Bréfritari: Gunnlaugur Oddsson
Dagsetning: A-1891-03-08
Skrifað á: Glasgow, Skotlandi

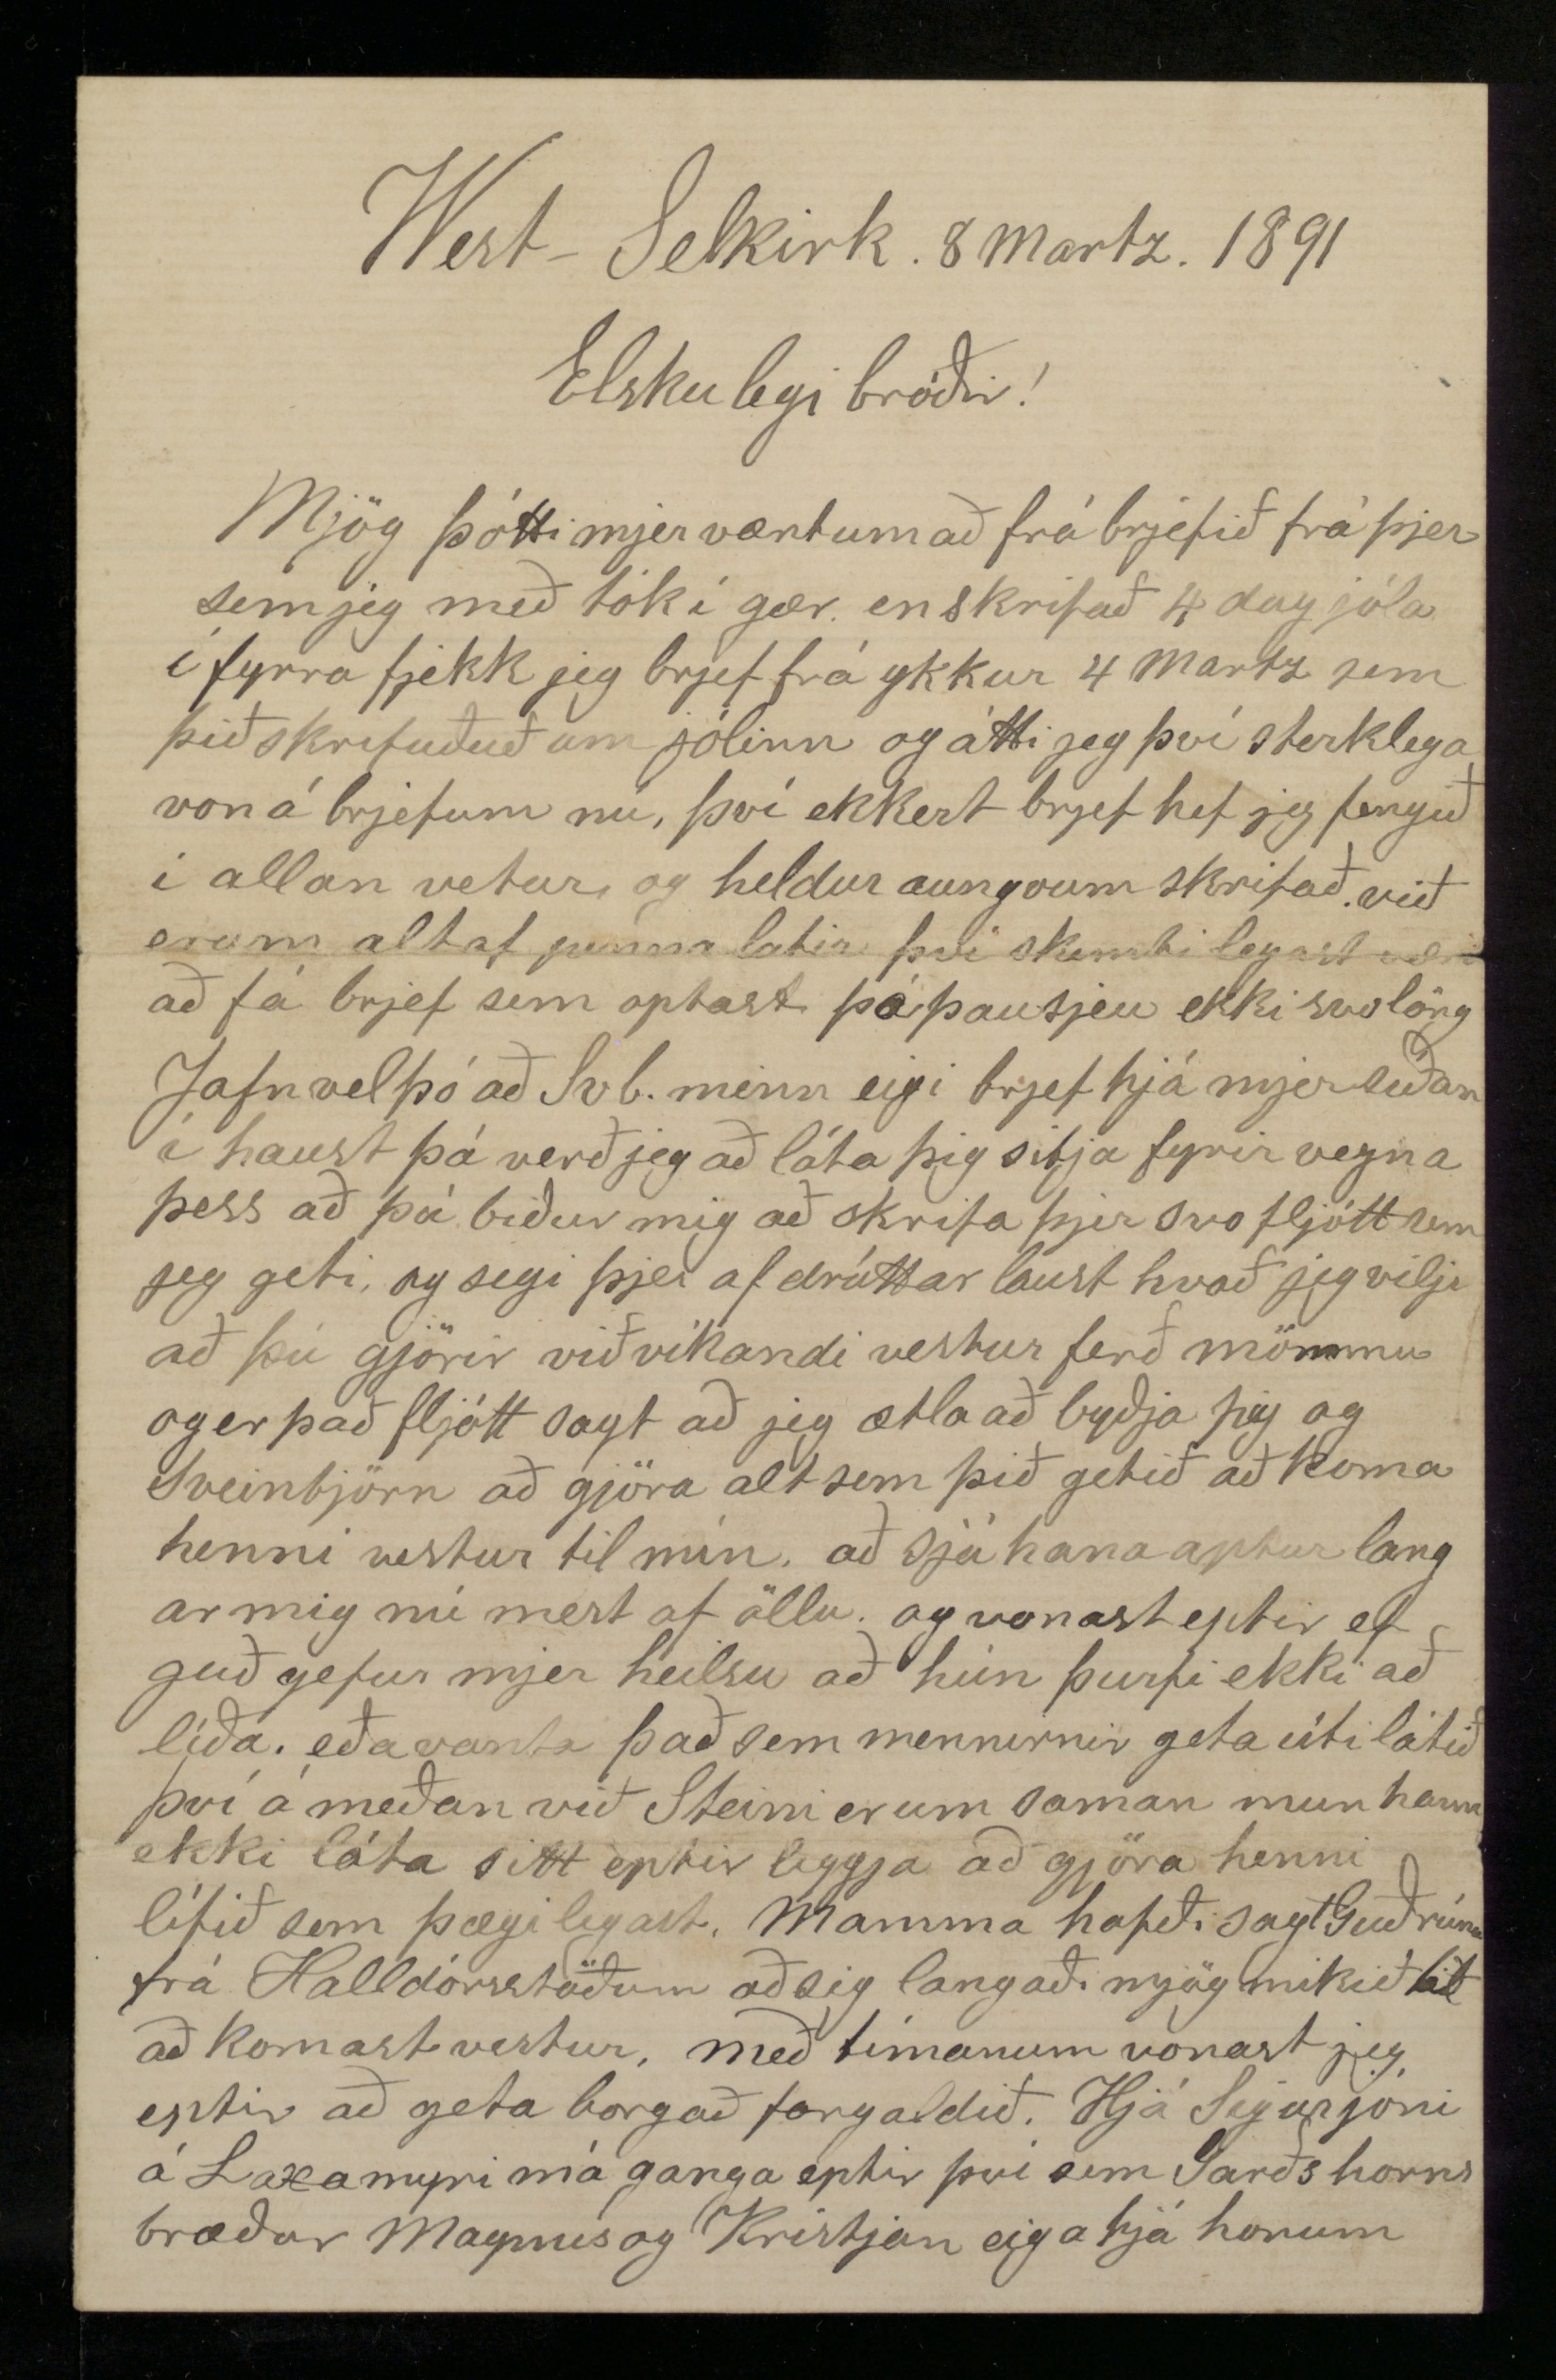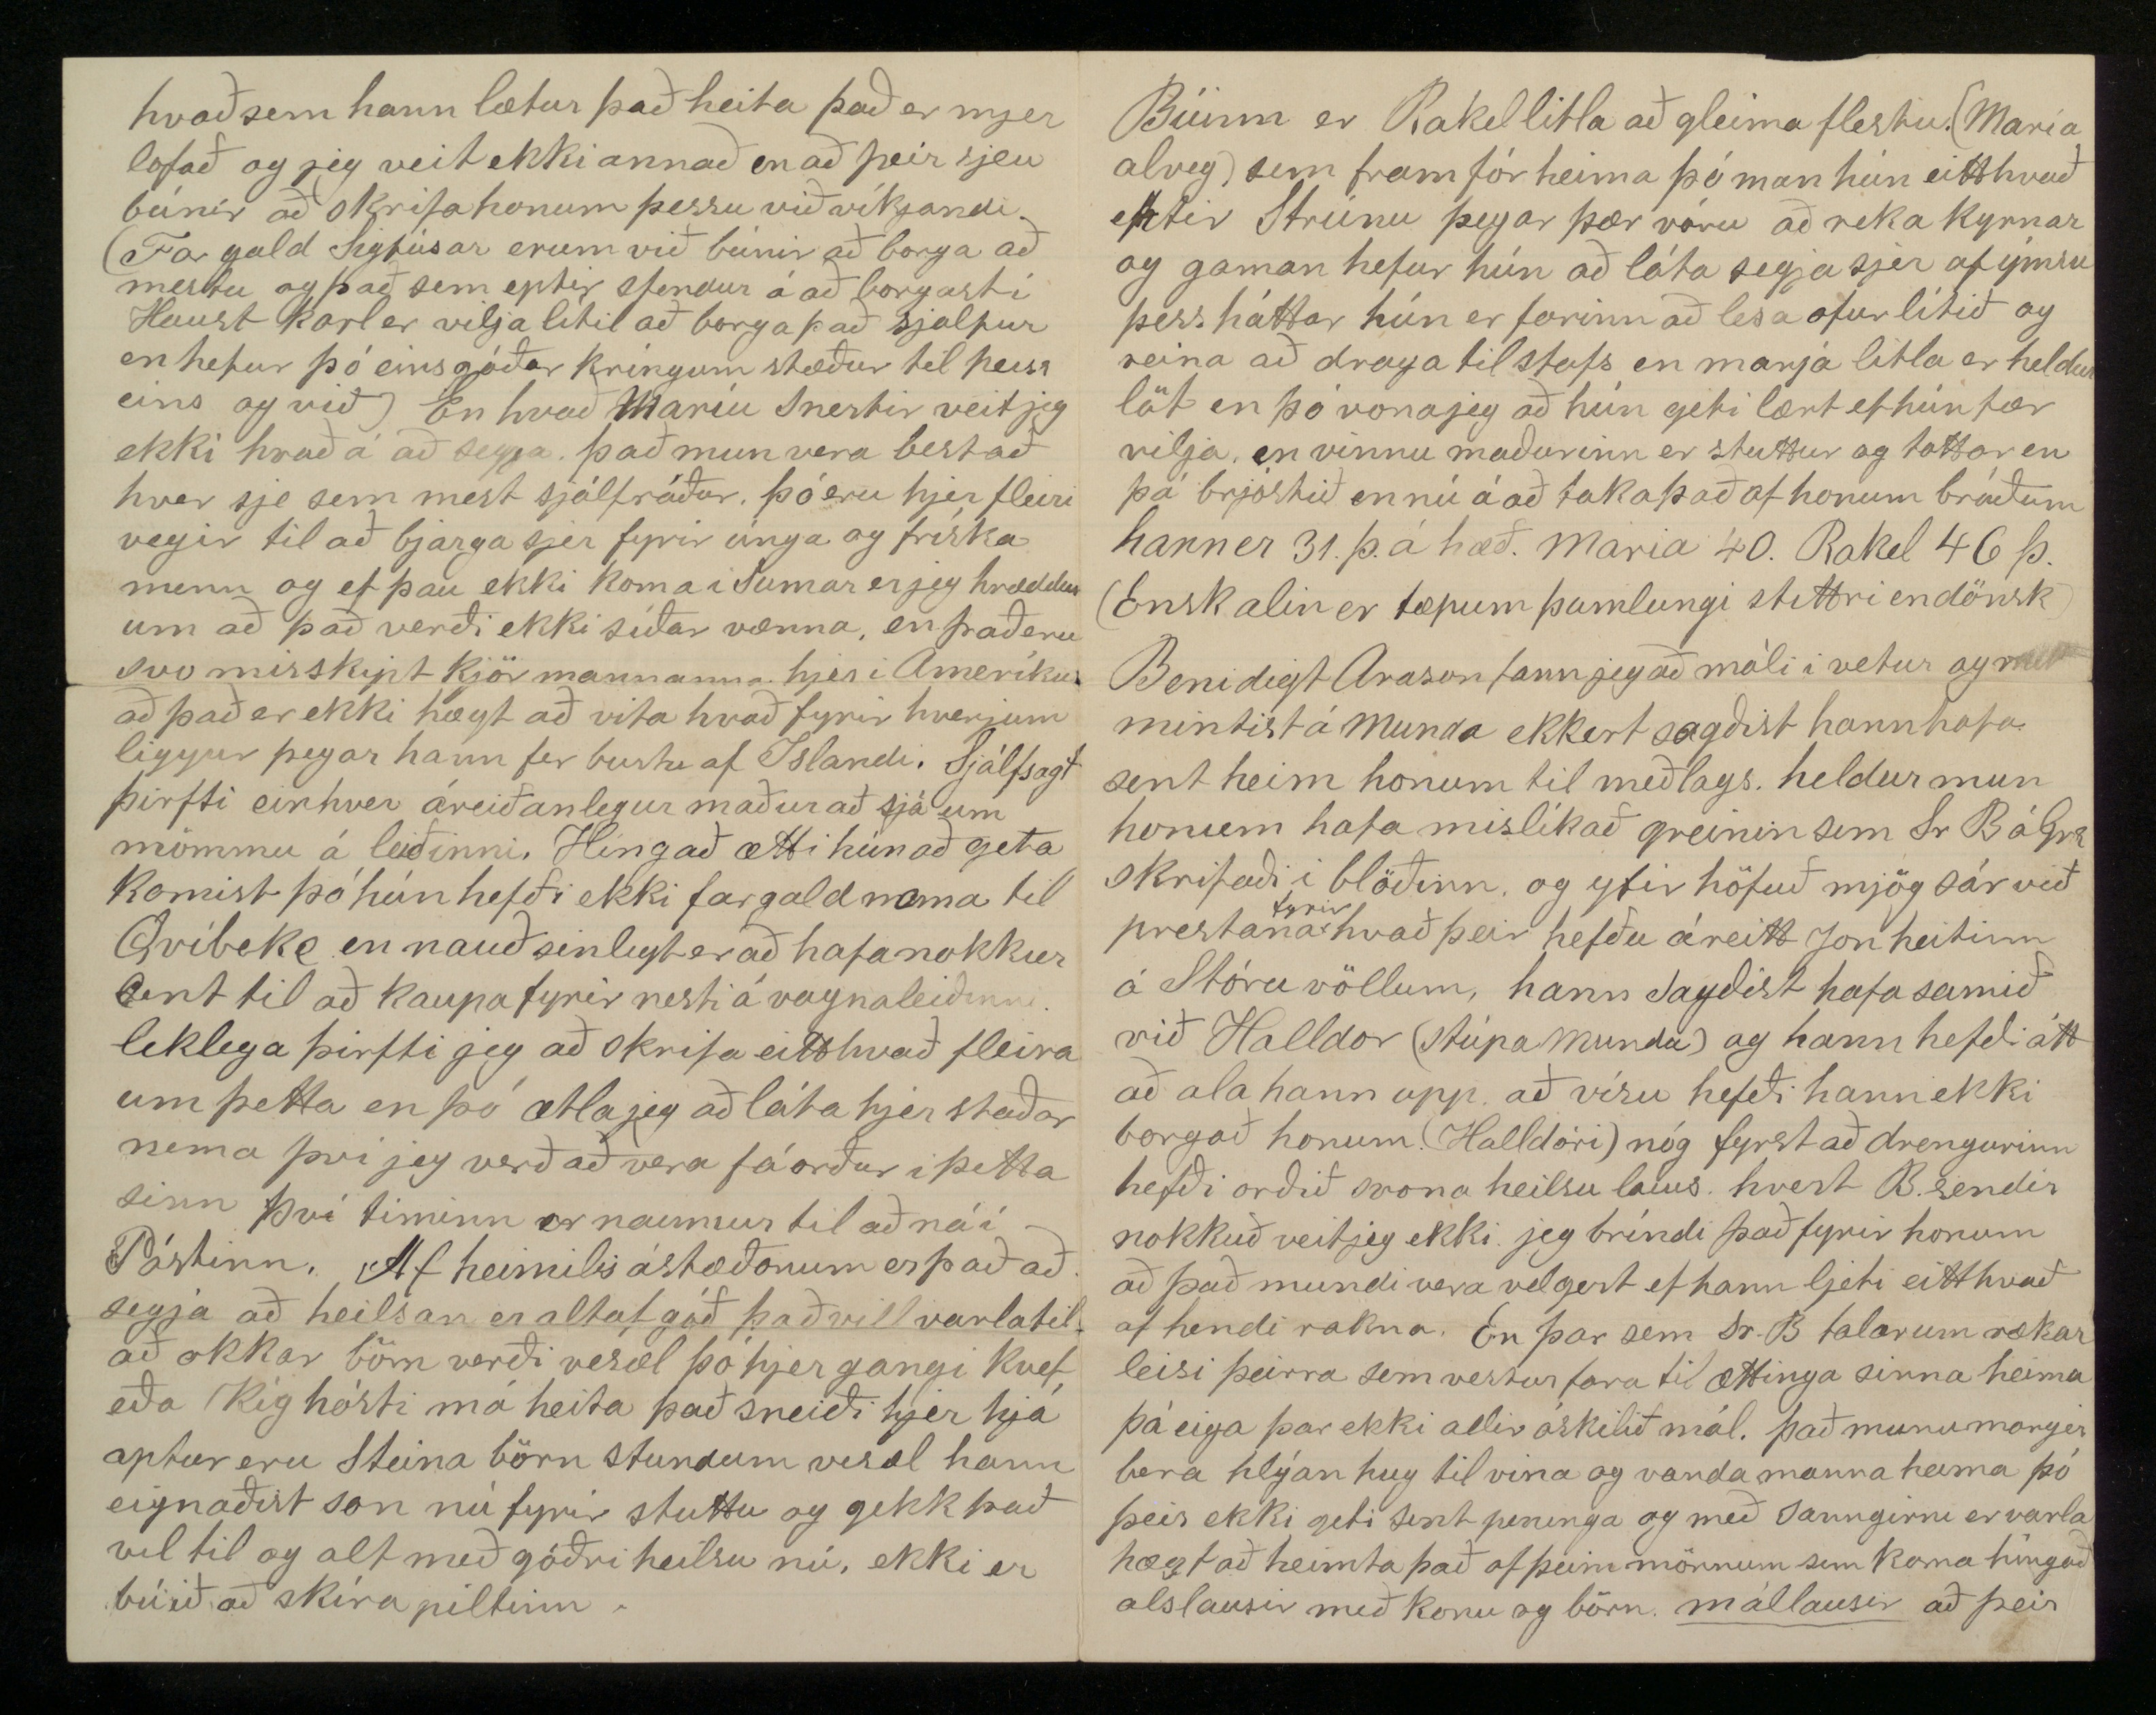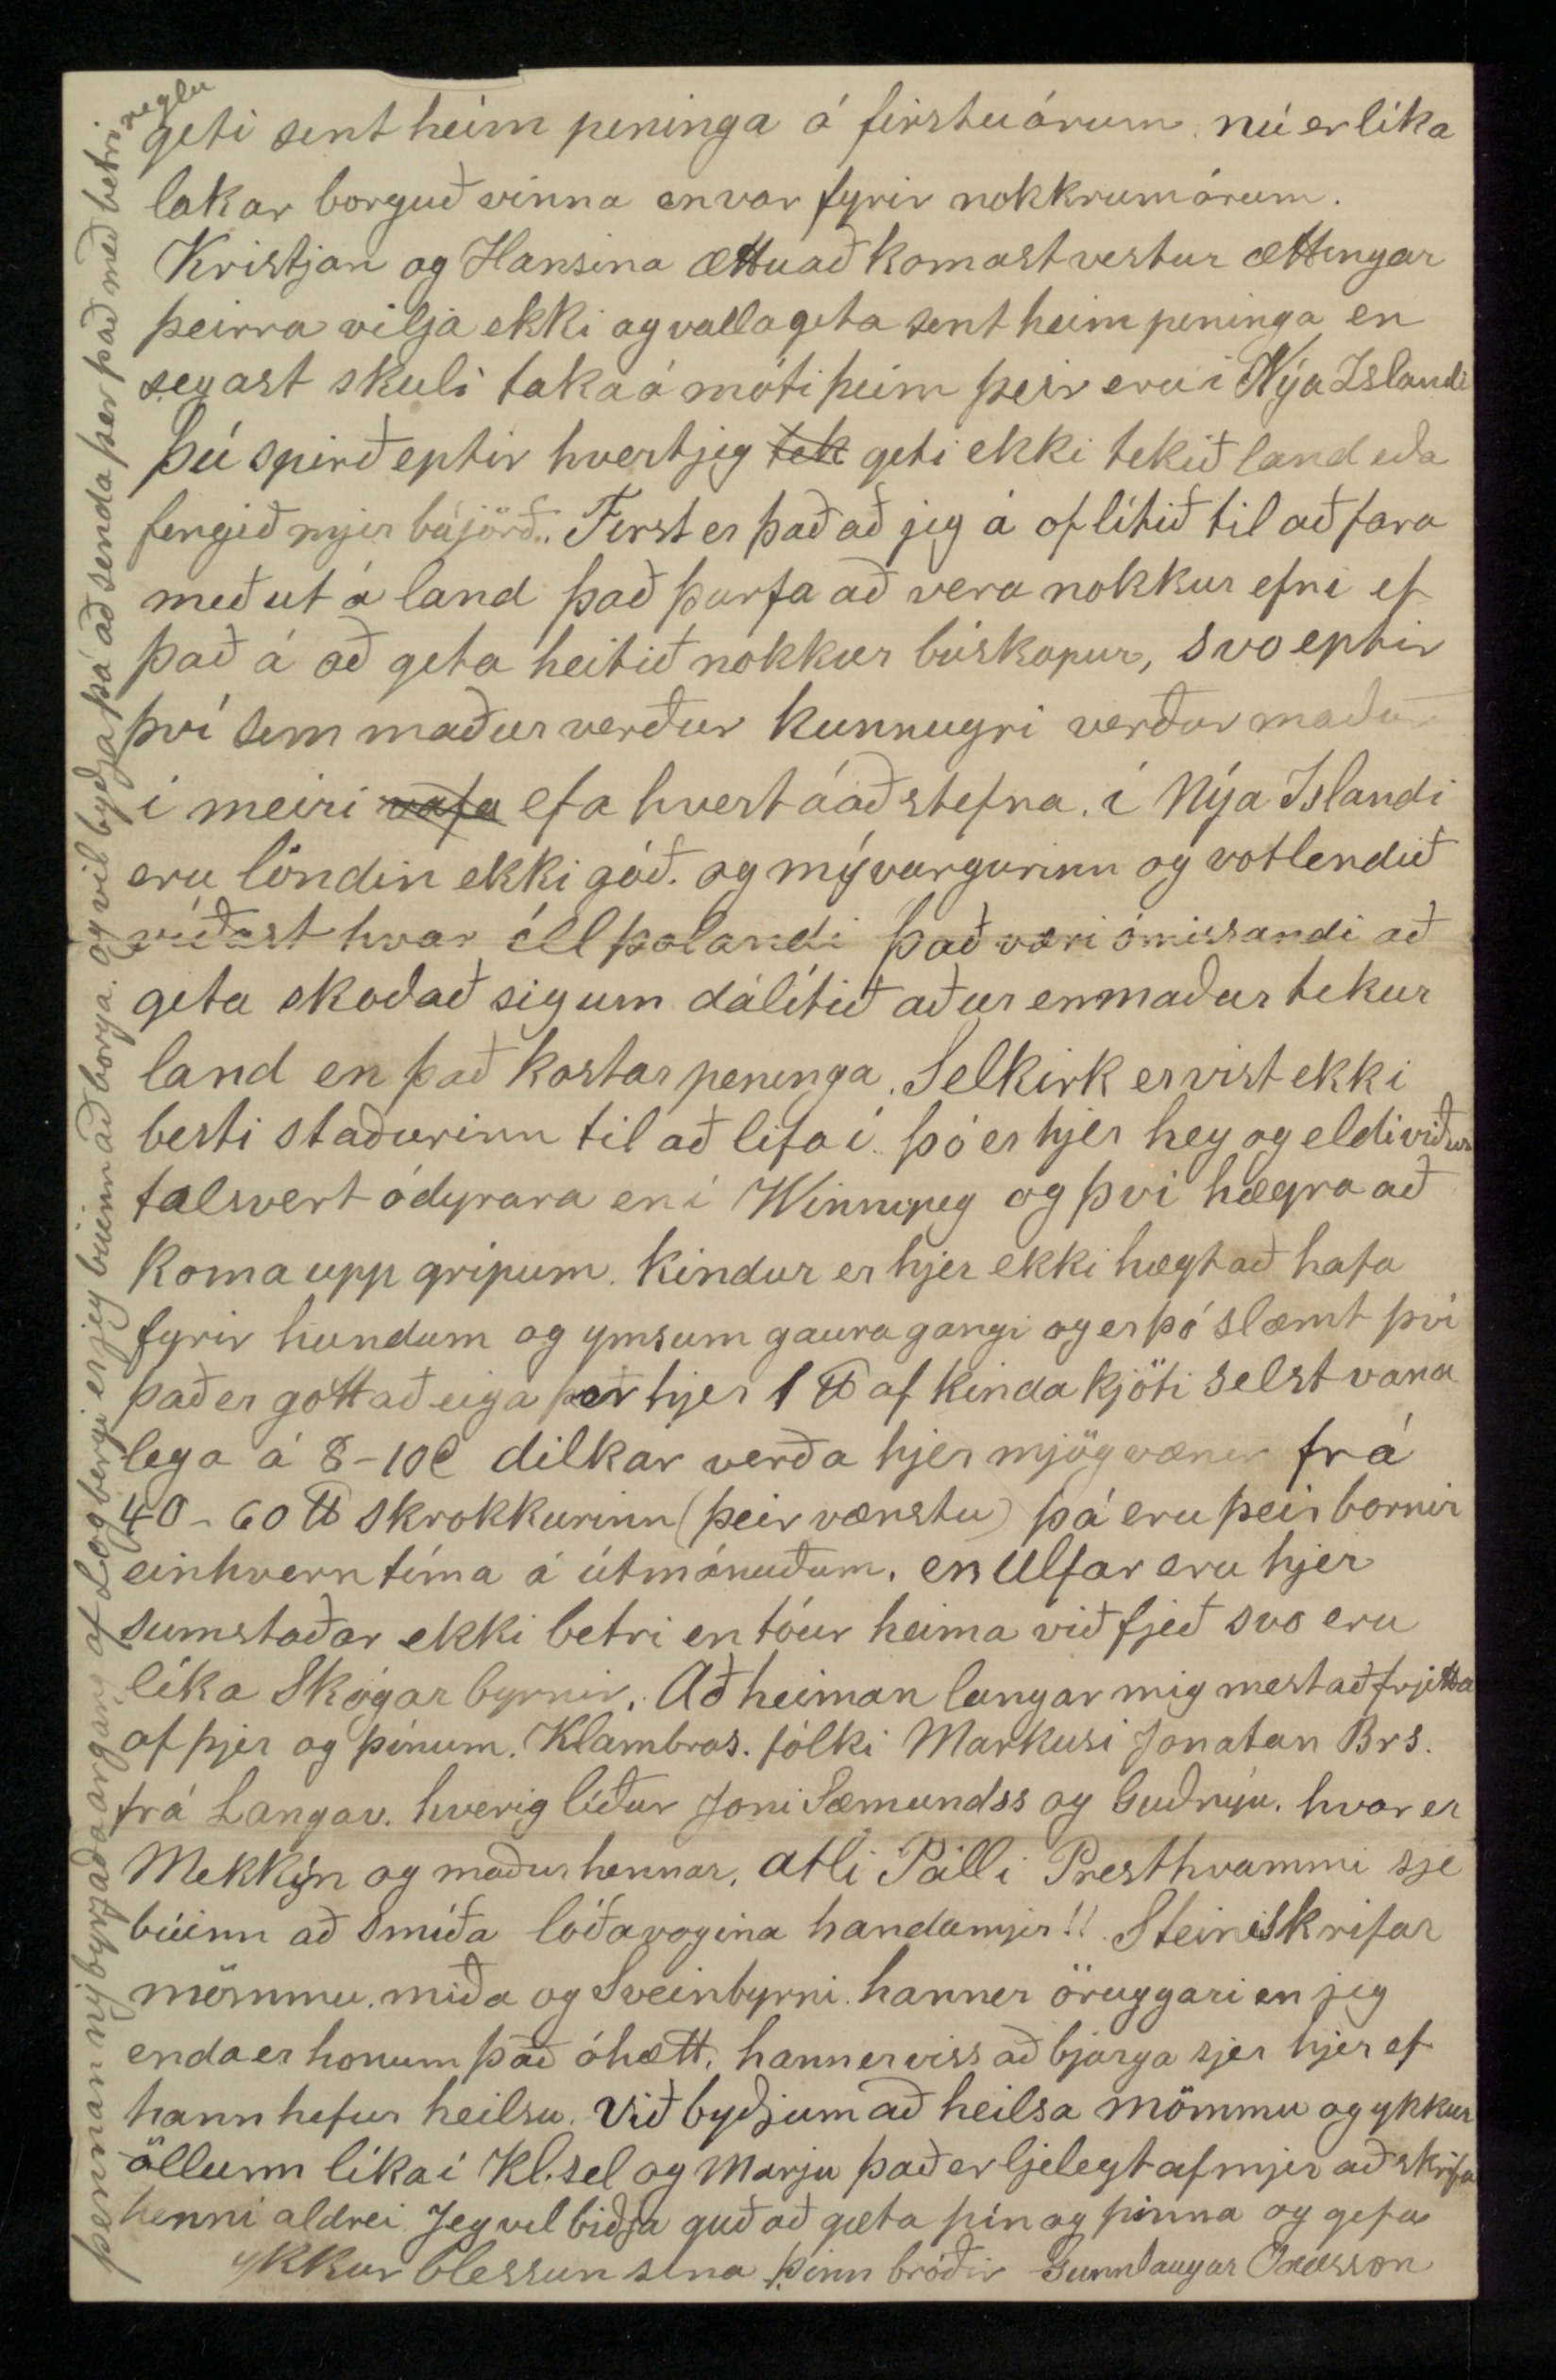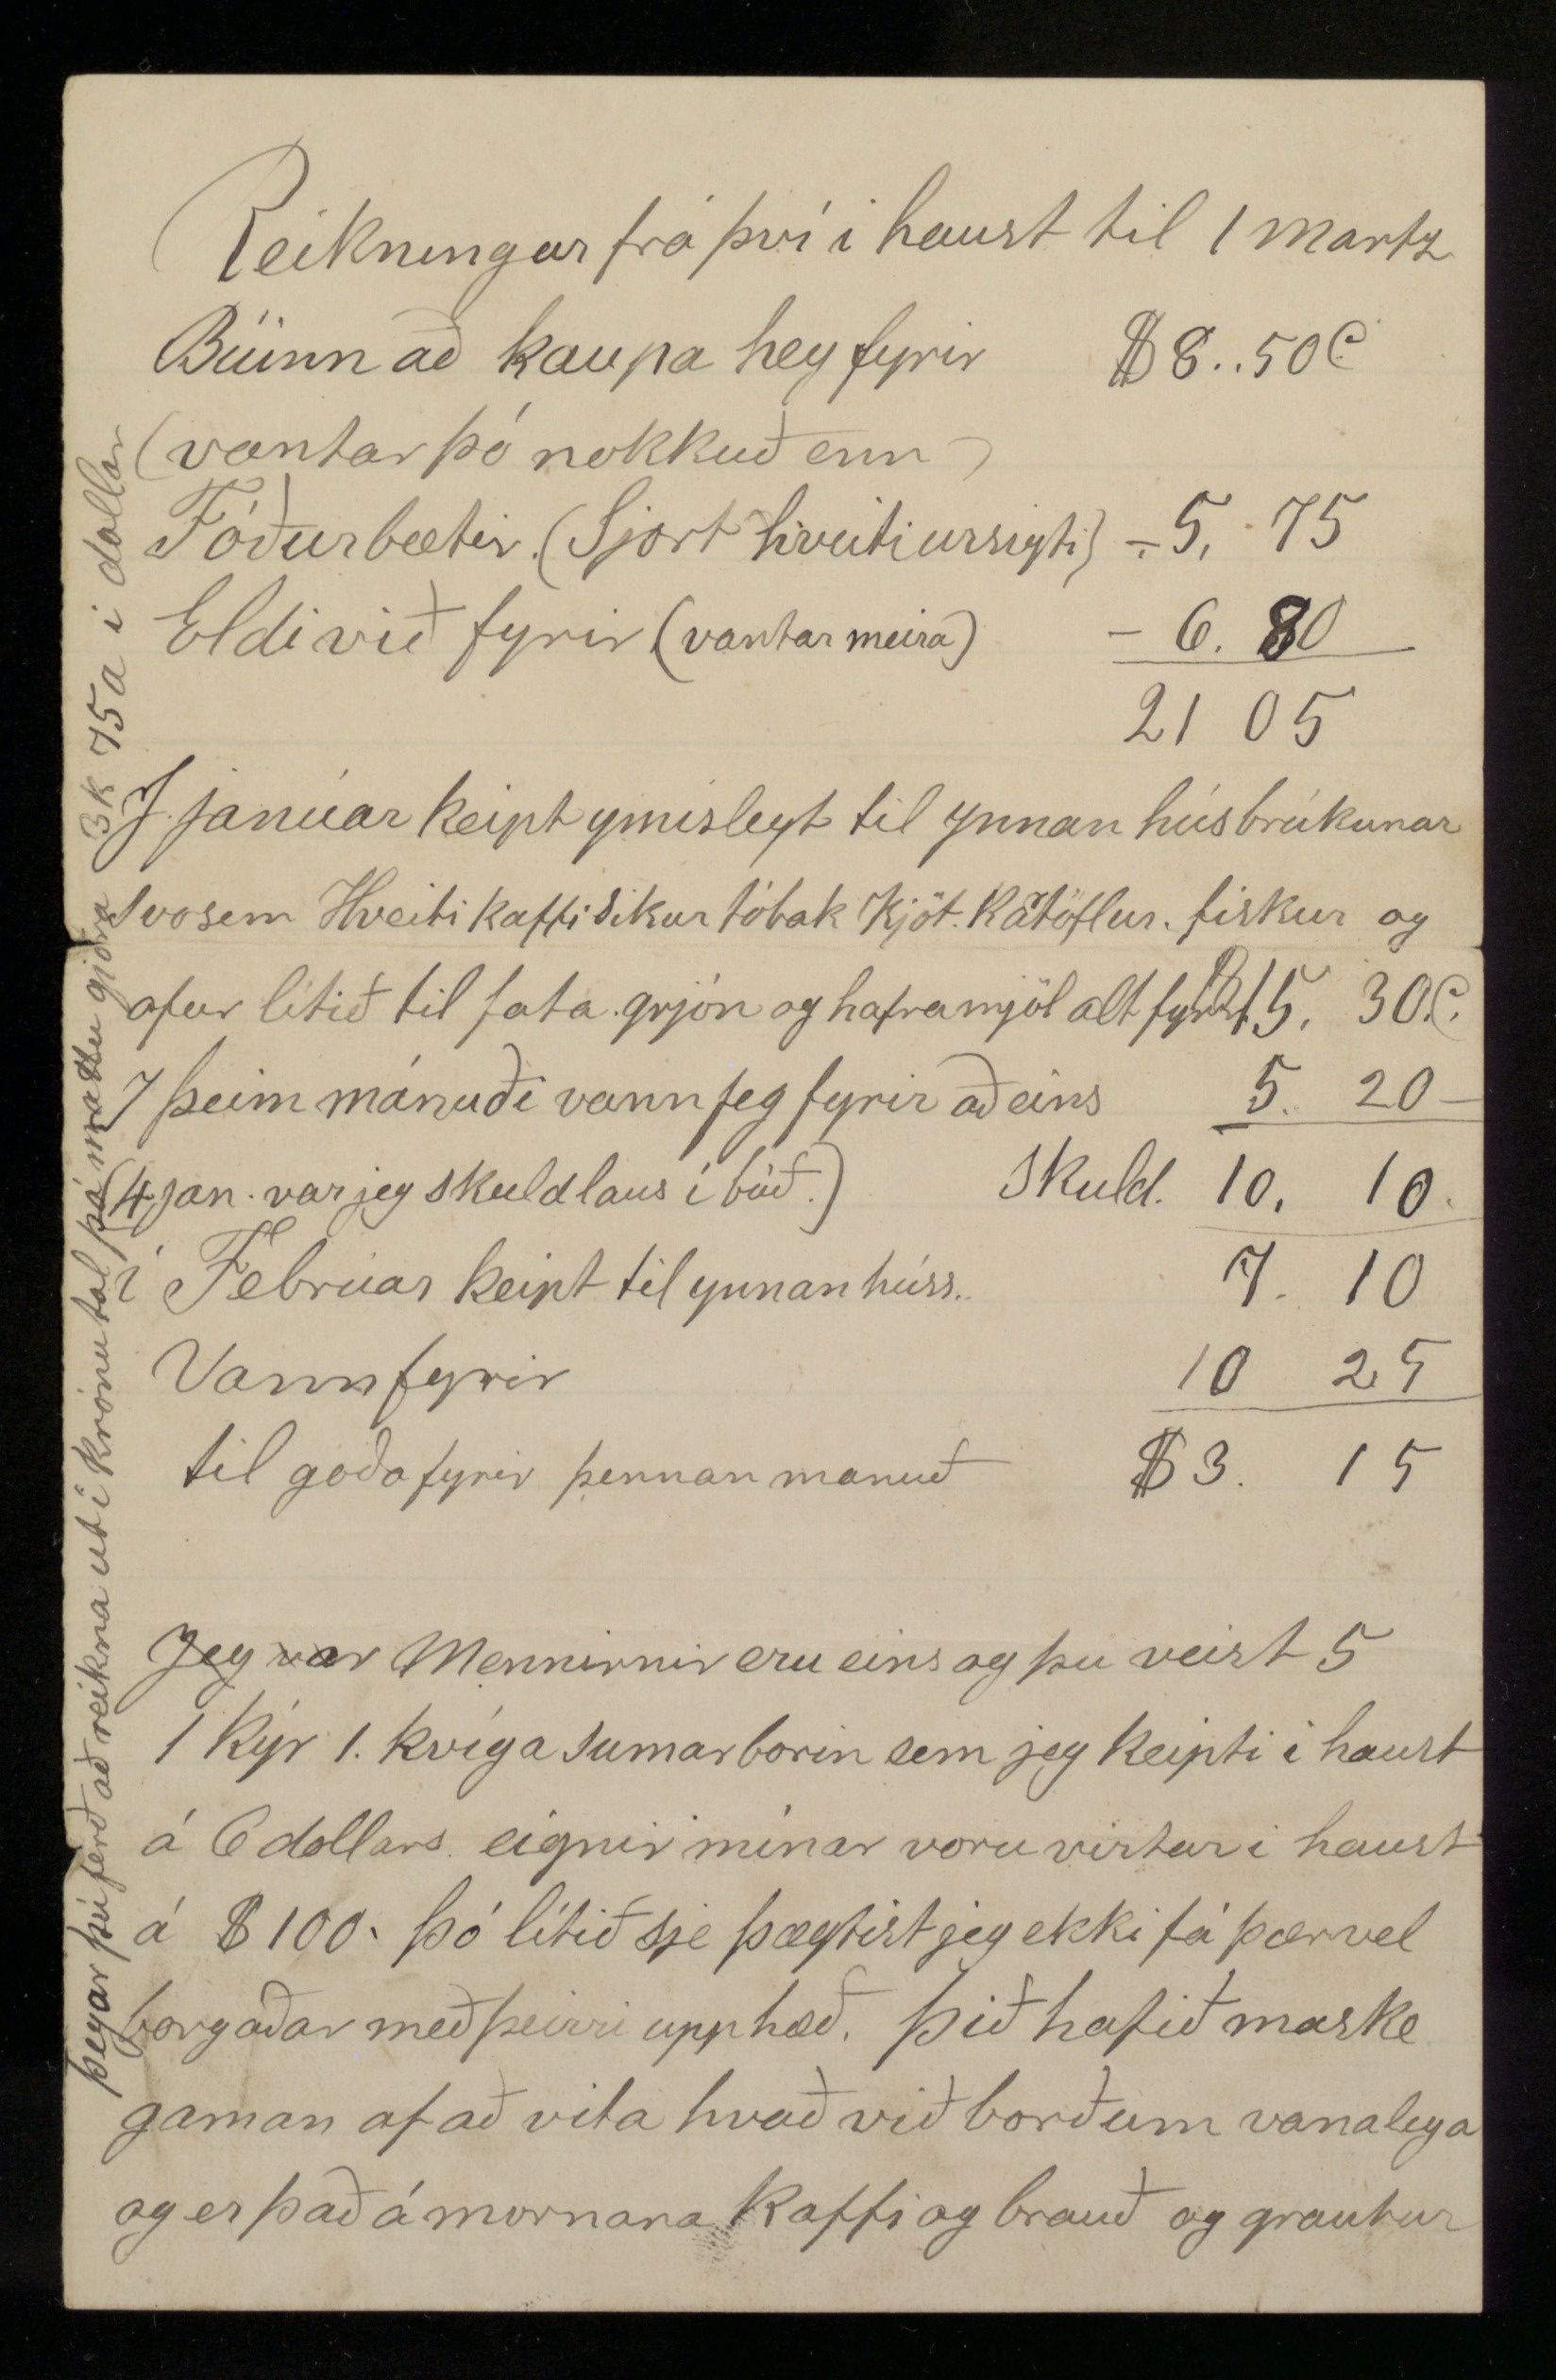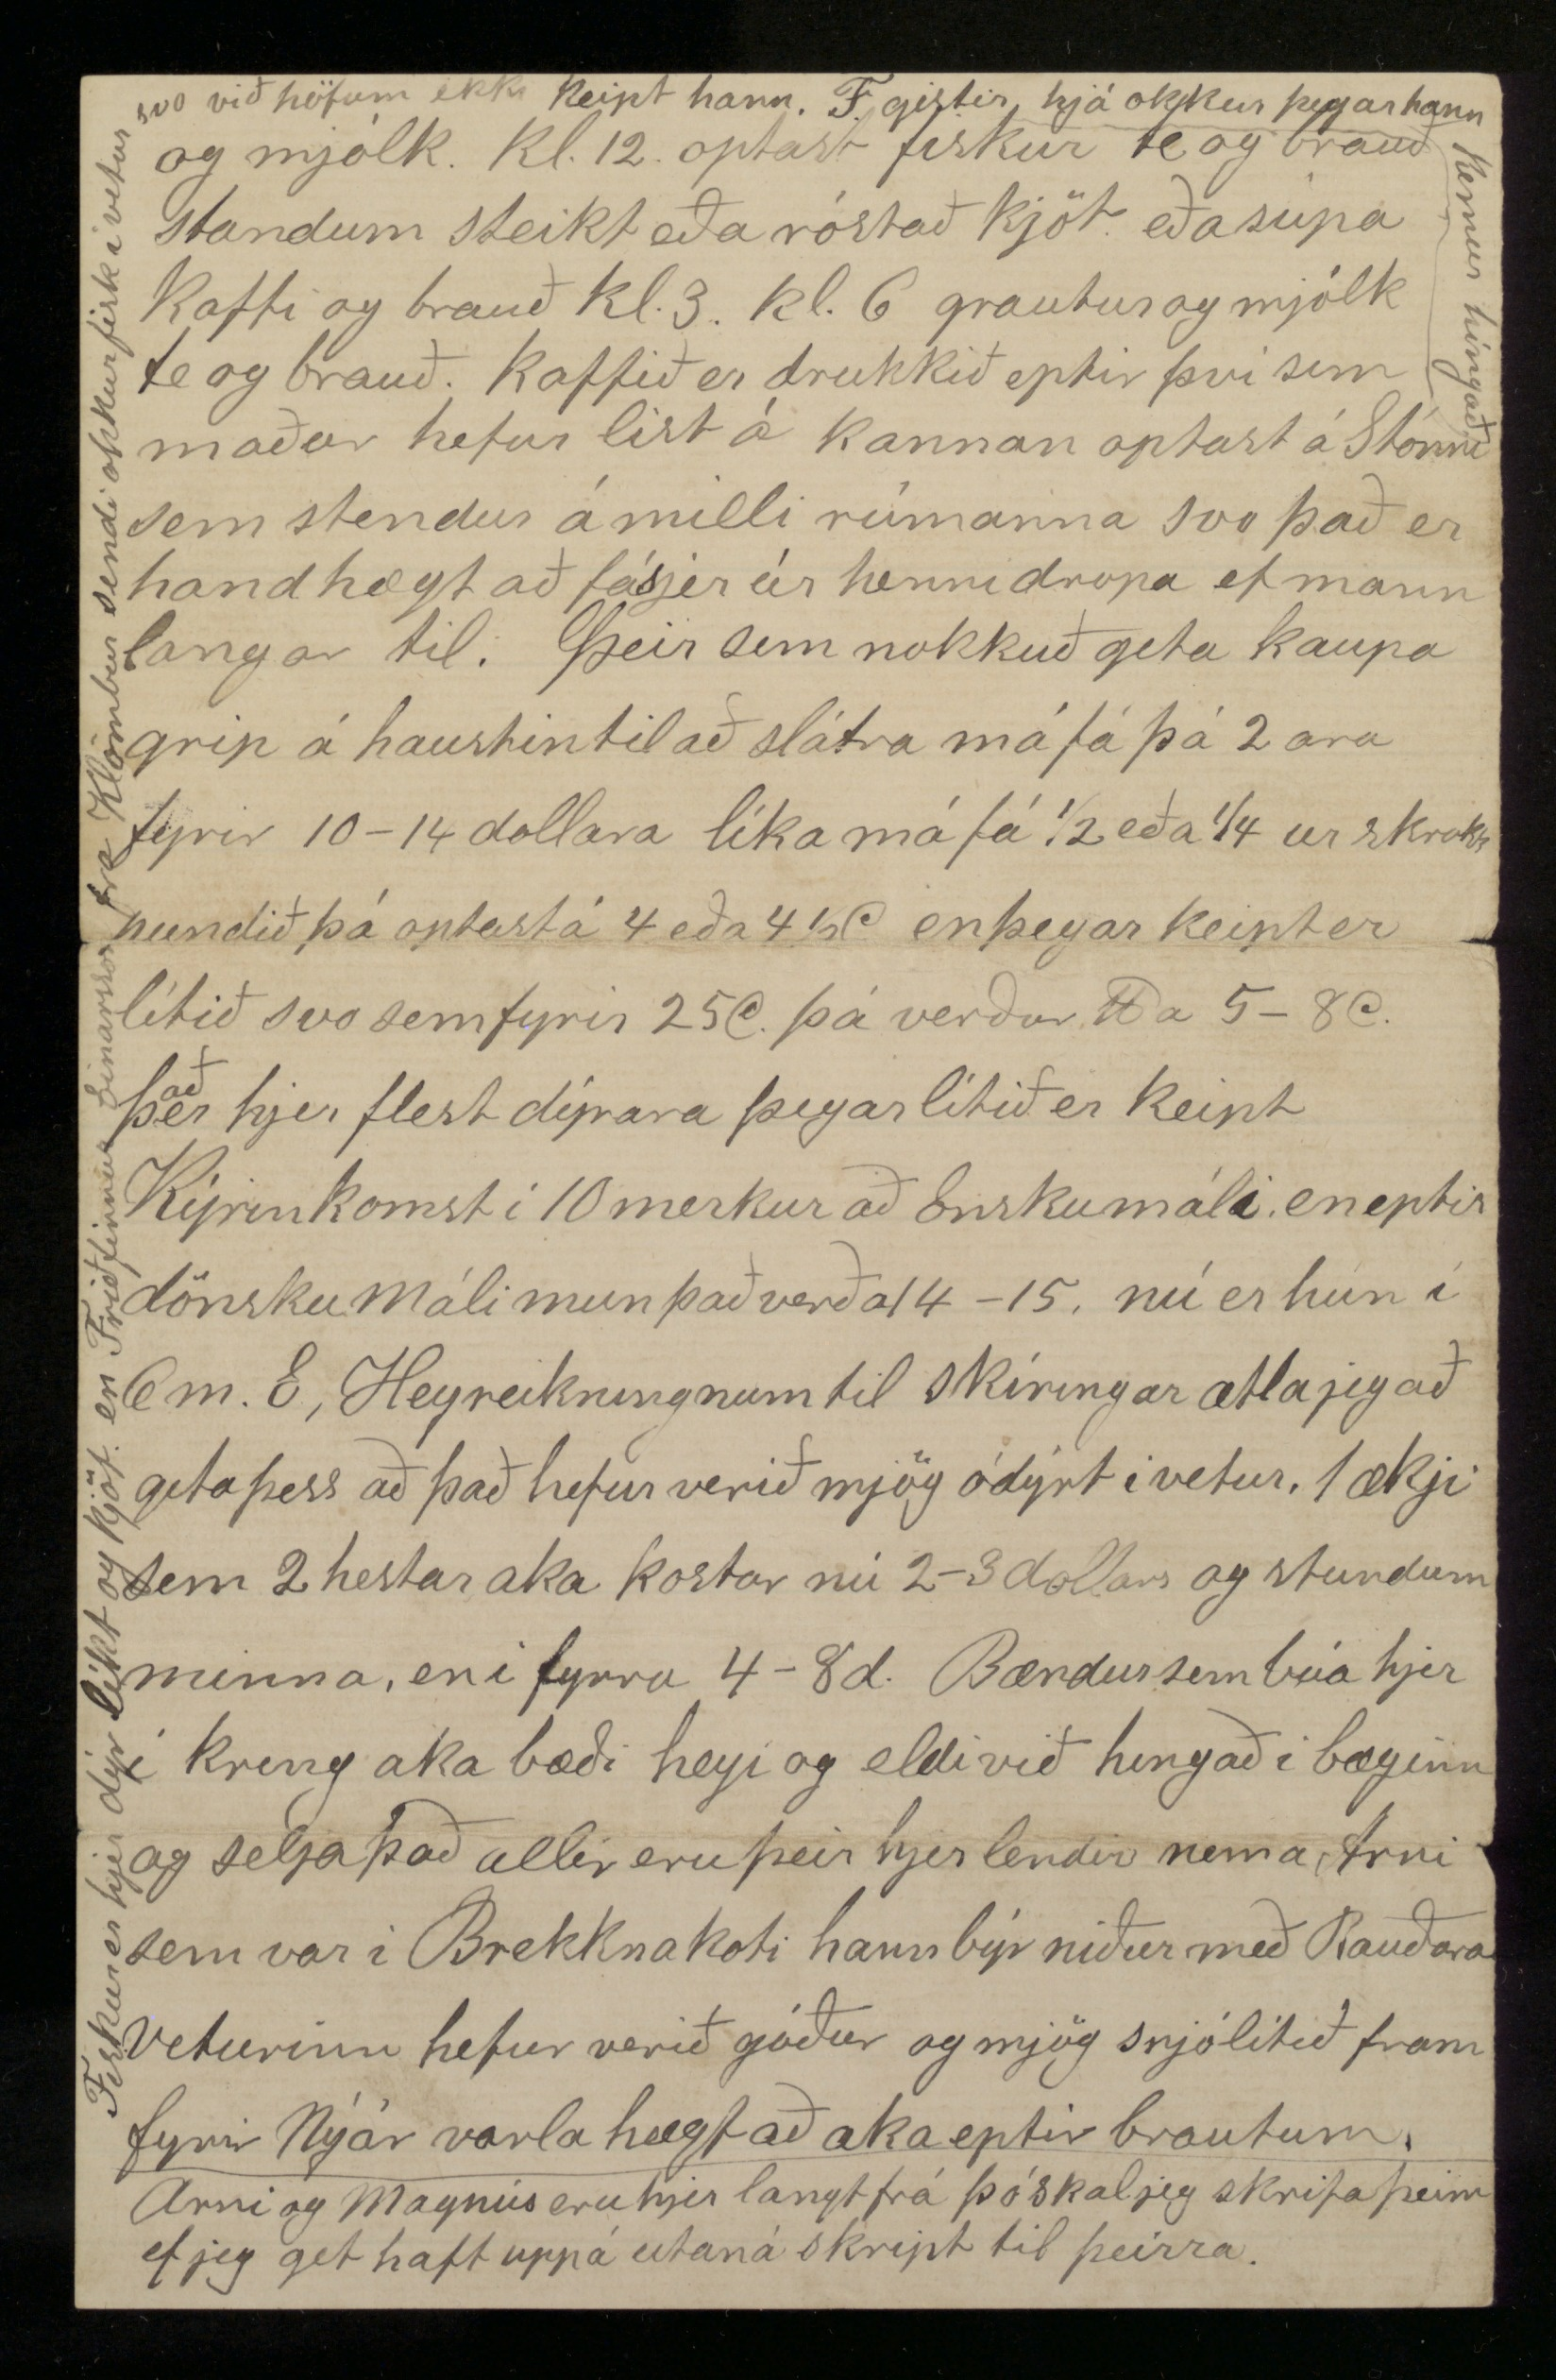

West Selkirk. 8 Martz 1891
Elskulegi bróðir!
Mjög þótti mjer vænt um að frá brjéfið frá þjer sem jég með tók í gær en skrifað 4 dag jóla í fyrra fjekk jeg brjef frá ykkur 4 Martz sem þið skrifuðuð um jólinn og átti jeg því sterklega von á brjefum nú, því ekkert brjef hef jeg fengið í allan vetur og heldur aungvum skrifað við erum altof penna latir því skemtilegast væri að fá brjef sem optast þó þau sjeu ekki svo löng Jafnvel þó að Svb. minn eigi brjef hjá mjer siðan í haust þá verð jeg að láta þig sitja fyrir vegna þess að þú biður mig að skrifa þjer svo fljótt sem jeg geti, og segi þjer afdráttarlaust hvað jeg vilji að þú gjörir viðvíkandi vestur ferð mömmu og er það fljótt sagt að jeg ætla að byðja þig og Sveinbjörn að gjöra alt sem þig getið að koma henni vestur til mín. að sjá hana aptur langar mig nú mest af öllu. og vonast eptir ef guð gefur mjer heilsu að hún þurfi ekki að líða, eða vanta það sem mennirnir geta úti látið því á meðan við Steini erum saman mun hann ekki láta sitt eptir liggja að gjöra henni lífið sem þægilegast. Mamma hafði sagt Guðúnu frá Halldórsstöðum að sig langaði mjög mikið til að komast vestur, með tímanum vonast jeg eptir að geta borgað fargaldið. Hjá Sigurjóni á Laxamyri má ganga eptir því sem Garðshorns bræður Magnús og Kristján eiga hjá honum
hvað sem hann lætur það heita það er mjer lofað og jeg veit ekki annað en að þeir sjeu búnir að skrifa honum þessu viðvíkjandi (Fargald Sigfúsar erum við búnir að borga að mestu og það sem eptir stendur á að borgast í Haust karl er vilja lítil að borga það sjálfur en hefur þó eins góðar kríngum stæður til þess eins og við) En hvað Maríu snertir veit jeg ekki hvað á að segja. það mun vera best að hver sje sem mest sjálfráður. þó eru hjer fleiri vegir til að bjarga sjer fyrir únga og fríska menn og ef þau ekki koma í Sumar er jeg hræddur um að það verði ekki síður vænna en það eru svo misskipt kjör mannanna hjer í Ameríku að það er ekki hægt að vita hvað fyrir hverjum liggur þegar hann fer burtu af Islandi. Sjálfsagt þirfti einhver áreiðanlegur maður að sjá um mömmu á leiðinni. Hingað ætti hún að geta komist þó hún hefði ekki fargald nema til Qvíbeke en nauðsinlegt er að hafa nokkur Cent til að kaupa fyrir nesti á vagnaleiðinni. liklega þirfti jeg að skrifa eitthvað fleira um þetta en þó ætla jeg að láta hjer staðar nema því jeg verð að vera fáorður í þetta sinn því tíminn er naumur til að ná í Póstinn. Af heimilsástæðonum er það að segja að heilsan er altaf góð það vill varla til að okkar börn verði vesæl þó hjer gangi kvef eða Kíghósti má heita það sneiði hjer hjá aptur eru Steina börn stundum vesæl hann eignaðist son nú fyrir stuttu og gekk það vel til og alt með góðri heilsu nú, ekki er búið að skíra piltinn.
Búinn er Rakel litla að gleima flestu (María alveg) sem fram fór heima þó man hún eitthvað eptir
Strúnu
þegar þær vóru að reka kyrnar og gaman hefur hún að láta segja sjer af ýmsu þess háttar hún er farinn að lesa ofurlítið og reina að draga til stafs, en marja litla er heldur löt en þó vona jeg að hún geti lært ef hún fær vilja, en vinnu maðurinn er stuttur og tottar en þá brjóstið en nú á að taka það af honum bráðum hann er 31. þ. á hæð. Maria 40. Rakel 46 þ. (Ensk alin er tæpum þumlungi stittri en dönsk)
Benidigt Arason fann jeg að máli í vetur og mintist á Munda ekkert sagðist hann hafa sent heim honum til meðlags. heldur mun honum hafa mislíkað greinin sem Sr B á Grs. skrifaði í blöðinn og yfir höfuð mjög sár við prestana
fyrir
hvað þeir hefðu áreitt Jon heitinn á Stóruvöllum, hann sagðist hafa samið við Halldor (stúpa Munda) og hann hefði átt að ala hann upp. að vísu hefði hann ekki borgað honum (Halldóri) nóg fyrst að drengurinn hefði orðið svona heilsu laus. hvert B. sendir nokkuð veit jeg ekki jeg bríndi það fyrir honum að það mundi vera vel gert ef hann ljeti eitthvað af hendi rakna. En þar sem Sr. B talar um rækar leisi þeirra sem vestur fara til ættinga sinna heima þá eiga þar ekki allir áskilið mál. það munu margir bera hlýan hug til vina og vandamanna heima þó þeir ekki geti sent peninga og með sanngirni er varla hægt að heima það af þeim mönnum sem koma híngað alslausir með konu og börn
mállausir
að þeir
geti sent heim peninga á firstu árum. nú er líka lakar borguð vinna en var fyrir nokkrum árum. Kristján og Hansina ættu að komast vestur ættingar þeirra vilja ekki og valla geta sent heim peninga en segast skuli taka á móti þeim þeir eru í Nýa Islandi þú spirð eptir hvert jeg
tek
geti ekki tekið land eða fengið mjer bújörð. First er það að jeg á of lítið til að fara með ut á land það þurfa að vera nokkur efni ef það á að geta heitið nokkur búskapur, svo eptir því sem maður verður kunnugri verður maður í meir
vafa
efa hvert á að stefna í Nýa Islandi eru löndin ekki góð og mývargurinn og votlendið víðast hvar íll þolandi það væri ómissandi að geta skoðað sig um dálítið aður en maður tekur land en það kostar peninga. Selkirk er víst ekki besti staðurinn til að lifa í þó er hjer hey og eldiviður talsvert ódyrara en í Winnipeg og því hægra að koma upp gripum kindur er hjer ekki hægt að hafa fyrir hundum og ymsum gaura gangi og er þó slæmt því það er gott að eiga þær hjer 1
P
af kindakjöti selst vana lega á 8-10 C dilkar verða hjer mjög vænir frá 40-60
P
skrokkurinn (þeir vænstu) þá eru þeir bornir einhvern tíma á útmánuðum, en Ulfar eru hjer sumstaðar ekki betri en tóur heima við fjeð svo eru líka Skógarbyrnir. Að heiman langar mig mest að frjetta af þjer og þínum. Klambras. fólki Markusi Jonatan Brs. frá Langav. hverig líður Joni Sæmundss og Guðnýu hvar er Mekkýn og maður hennar, atli Páll í Presthvammi sje búinn að smíða lóavogina handa mjer!! Steini skrifar mömmu miða og Sveinbyrni hann er öruggari en jeg enda er honum það óhætt hann er viss að bjarga sjer hjer ef hann hefur heilsu. Við byðjum að heilsa mömmu og ykkur öllum líka í Kl.sel og Marju það er ljelegt af mjer að skrifa henni aldrei. Jeg vil biðja guð að gæta þín og þinna og gefa ykkur blessun sína þinn bróðir Gunnlaugur Oddsson
þennan nýbyrjaða argang af Logbergi er jeg búinn að borga og vil byðja þá að senda þer það með betri reglu
Reikningur frá því í haust til 1 Martz
Búinn að kaupa hey fyrir $8..50C (vantar þó nokkuð enn)
Fóðurbætir (Sjort hveitiursigti) - 5,75
Eldivið fyrir (vantar meira) - 6.80
21 05
I janúar keipt ymislegt til ynnanhúsbrúkunar svo sem Hveiti kaffi sikur Kjöt Kartöflur fiskur og ofur lítið til fata grjón og haframjöl alt fyrir
$
15.30C
I þeim mánuði vann jeg fyrir aðeins 5.20
(4 jan var jeg skuldlaus í búð.) Skuld 10.10
í Febrúar keipt til ynnan húss 7.10
Vann fyrir 10 25
til goða fyrir þennan manuð $3. 15
þegar þú ferð að reikna ut í krónutal þá mattu gjöra 3k 75a í dollar
Jeg var
Mennirnir eru eins og þú veist 5 1 kýr 1. kvíga sumarborin sem jeg keipti í haust á 6 dollars eignir mínar voru virtar í haust á $100. þó lítið sje þægtist jeg ekki fá þær vel borgaðar með þeirri upphæð. þið hafið maske gaman af að vita hvað við borðum vanalega og er það á mornana kaffi og brauð og grautur
og mjólk. kl. 12 optast fiskur te og brauð stundum steikt eða róstað kjöt eða súpa kaffi og brauð kl. 3 . kl. 6 grautur og mjólk te og brauð. kaffið er drukkið eptir því sem maður hefur list á kannan optast á Stónni sem stendur á milli rúmanna svo það er handhægt að sá sjer úr henni dropa ef mann langar til. Þeir sem nokkuð geta kaupa grip á haustin til að slátra má fá þá 2 ara fyrir 10-14 dollara líka má fá 1/2 eða 1/4 ur skrokk pundið þá optast 4 eða 4.5C en þegar keipt er lítið svo sem fyrir 25C þá verður
P
a 5-8C. þ
að
er hjer flest dýrara þegar lítið er keipt Kýrin komst í 10 merkur að Enskumáli en eptir dönsku máli mun það verða 14-15. nú er hún í 6 m. E, Heyreikningnum til skíringar ætla jeg að geta þess að það hefur verið mjög ódýrt í vetur. 1 ækji sem 2 hestar aka kostar nú 2-3 dollars og stundum minna, en í fyrra 4-8d. Bændur sem búa hjer í kring aka bæði heyi og eldi við hingað í bæginn og selja það allir eru þeir hjer lendir nema Arni sem var í Brekknakoti hann býr niður með Rauðara veturinn hefur verið góður og mjög snjólítið fram fyrir Nýár varla hægt að aka eptir brautum.
Fiskur er hjer dýr líkt og kjöt en Friðfinnur Einarsson fra Klömbur sendi okkur fisk í vetur
svo við höfum ekki keipt hann. F. gistir hjá okkur
þegar kann kemur hingað
Arni og Magnús eru hjer langt frá þó skal jeg skrifa þeim ef jeg get haft upp á utaná skipt til þeirra.